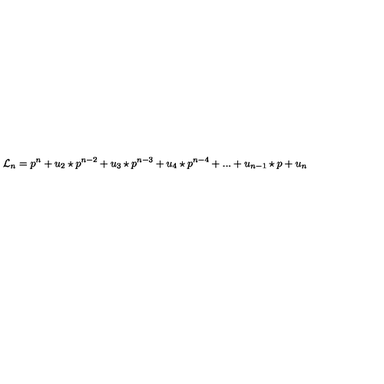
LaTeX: { \mathcal L } _ { n } = p ^ { n } + u _ { 2 } \star p ^ { n - 2 } + u _ { 3 } \star p ^ { n - 3 } + u _ { 4 } \star p ^ { n - 4 } + . . . + u _ { n - 1 } \star p + u _ { n } \,